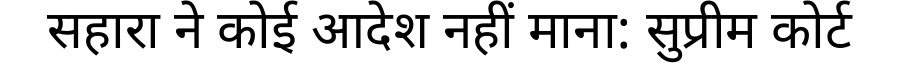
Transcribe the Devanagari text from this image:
सहारा ने कोई आदेश नहीं माना: सुप्रीम कोर्ट